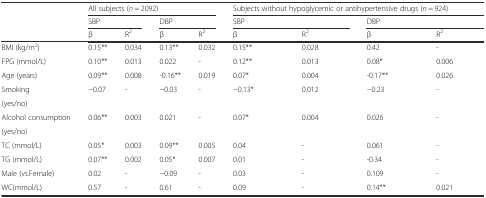
<table><thead><tr><td rowspan="3"></td><td colspan="4"><b>All subjects (<i>n</i> = 2092)</b></td><td colspan="4"><b>Subjects without hypoglycemic or antihypertensive drugs (<i>n</i> = 924)</b></td></tr><tr><td colspan="2"><b>SBP</b></td><td colspan="2"><b>DBP</b></td><td colspan="2"><b>SBP</b></td><td colspan="2"><b>DBP</b></td></tr><tr><td><b>β</b></td><td><b>R<sup>2</sup></b></td><td><b>β</b></td><td><b>R<sup>2</sup></b></td><td><b>β</b></td><td><b>R<sup>2</sup></b></td><td><b>β</b></td><td><b>R<sup>2</sup></b></td></tr></thead><tbody><tr><td>BMI (kg/m<sup>2</sup>)</td><td>0.15**</td><td>0.034</td><td>0.13**</td><td>0.032</td><td>0.15**</td><td>0.028</td><td>0.42</td><td>-</td></tr><tr><td>FPG (mmol/L)</td><td>0.10**</td><td>0.013</td><td>0.022</td><td>-</td><td>0.12**</td><td>0.013</td><td>0.08*</td><td>0.006</td></tr><tr><td>Age (years)</td><td>0.09**</td><td>0.008</td><td>-0.16**</td><td>0.019</td><td>0.07*</td><td>0.004</td><td>-0.17**</td><td>0.026</td></tr><tr><td>Smoking</td><td rowspan="2">−0.07</td><td rowspan="2">-</td><td rowspan="2">−0.03</td><td rowspan="2">-</td><td rowspan="2">−0.13*</td><td rowspan="2">0.012</td><td rowspan="2">−0.23</td><td rowspan="2">-</td></tr><tr><td>(yes/no)</td></tr><tr><td>Alcohol consumption</td><td rowspan="2">0.06**</td><td rowspan="2">0.003</td><td rowspan="2">0.021</td><td rowspan="2">-</td><td rowspan="2">0.07*</td><td rowspan="2">0.004</td><td rowspan="2">0.026</td><td rowspan="2">-</td></tr><tr><td>(yes/no)</td></tr><tr><td>TC (mmol/L)</td><td>0.05*</td><td>0.003</td><td>0.09**</td><td>0.005</td><td>0.04</td><td>-</td><td>0.061</td><td>-</td></tr><tr><td>TG (mmol/L)</td><td>0.07**</td><td>0.002</td><td>0.05*</td><td>0.007</td><td>0.01</td><td>-</td><td>-0.34</td><td>-</td></tr><tr><td>Male (vs.Female)</td><td>0.02</td><td>-</td><td>−0.09</td><td>-</td><td>0.03</td><td>-</td><td>0.109</td><td>-</td></tr><tr><td>WC(mmol/L)</td><td>0.57</td><td>-</td><td>0.61</td><td>-</td><td>0.09</td><td>-</td><td>0.14**</td><td>0.021</td></tr></tbody></table>